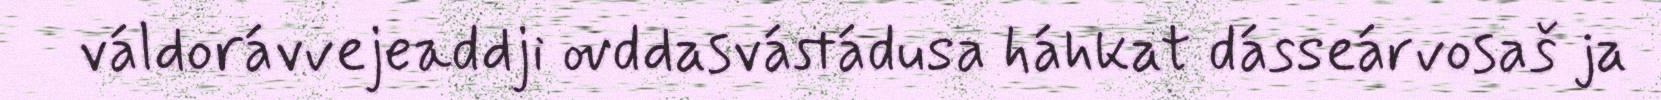
váldorávvejeaddji ovddasvástádusa háhkat dásseárvosaš ja